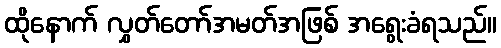
ထိုနောက် လွှတ်တော်အမတ်အဖြစ် အရွေးခံရသည်။